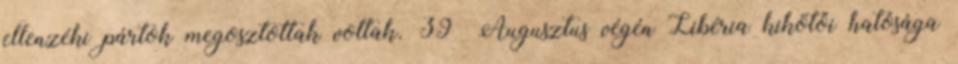
ellenzéki pártok megosztottak voltak. 39 Augusztus végén Libéria kikötői hatósága